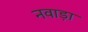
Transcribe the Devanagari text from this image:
नवाड़ा